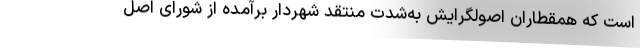
است که همقطاران اصولگرایش به‌شدت منتقد شهردار برآمده از شورای اصل